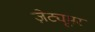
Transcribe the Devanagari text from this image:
ज़ेट्यूमर